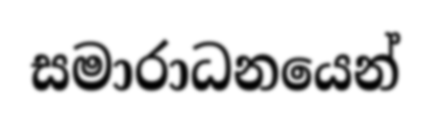
සමාරාධනයෙන්